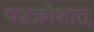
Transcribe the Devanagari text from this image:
पञ्चक्रोशात्